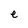
Character: e